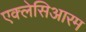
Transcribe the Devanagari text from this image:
एक्लेसिआरम